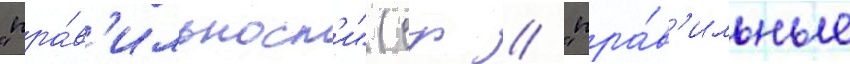
"пра́в'ильност'и" (ср // "пра́в'ильные